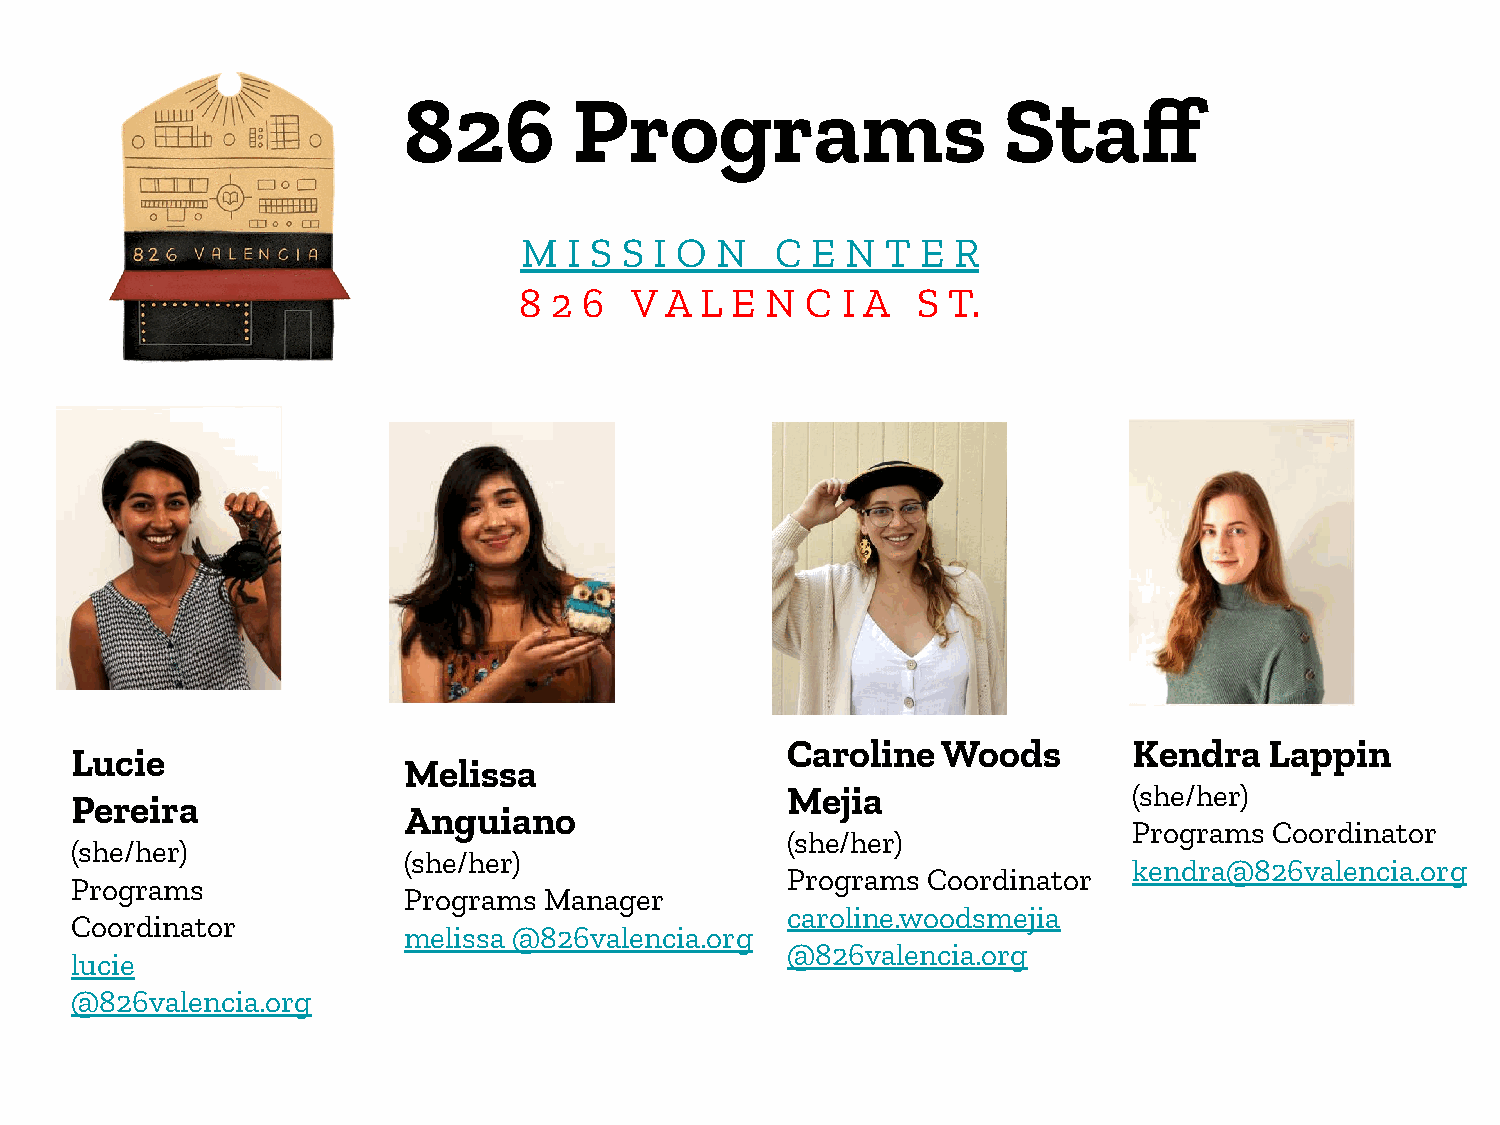
826        Programs                    Staff
 M   I S S I O N  C  E N  T E R
 8 2  6  V A L E  N C  I A  S T.
 Caroline  Woods        Kendra   Lappin
 Lucie
 Melissa
 Mejia                  (she/her)
 Pereira
 Anguiano
 Programs Coordinator
 (she/her)
 (she/her)
 (she/her)
 kendra@826valencia.org
 Programs Coordinator
 Programs
 Programs Manager
 caroline.woodsmejia
 Coordinator
 melissa @826valencia.org
 @826valencia.org
 lucie
 @826valencia.org